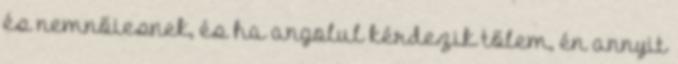
és nemnőiesnek, és ha angolul kérdezik tőlem, én annyit